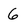
Character: 6